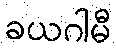
ခယဂါမီ